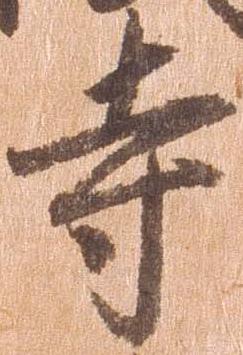
寺